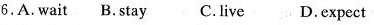
6.A.Wait B.Stay C.Live D.Expect